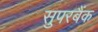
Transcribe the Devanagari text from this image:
सुपरबैंक